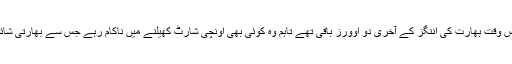
ان جگہ لینے کپتان دھونی آئے، اس وقت بھارت کی اننگز کے آخری دو اوورز باقی تھے تاہم وہ کوئی بھی اونچی شارٹ کھیلنے میں ناکام رہے جس سے بھارتی شائقین کرکٹ کو شدید مایوسی ہوئی۔